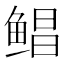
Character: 鲳